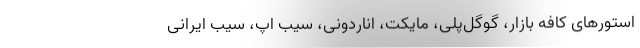
استورهای کافه بازار، گوگل‌پلی، مایکت، اناردونی، سیب اَپ، سیب ایرانی